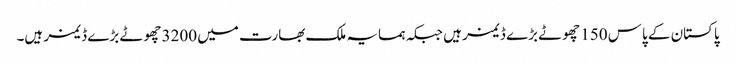
پاکستان کے پاس 150 چھوٹے بڑے ڈیمز ہیں جبکہ ہمسایہ ملک بھارت میں 3200 چھوٹے بڑے ڈیمز ہیں۔